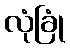
လုံခြုံ